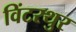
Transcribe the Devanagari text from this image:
विंटरथुर